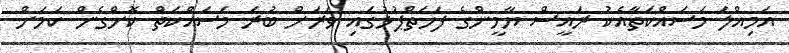
އަމިއްލަ މަސައްކަތާއެކު ރައީސް ޔާމީންގެ ފަހަތްޕުޅުގައި ވަރަށް ބުރަ މަސައްކަތް ކޮށްގެން ކަމަށް